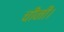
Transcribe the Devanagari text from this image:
चीनी।